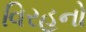
વિરહનો